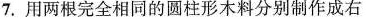
7.用两根完全相同的圆柱形木料分别制作成右